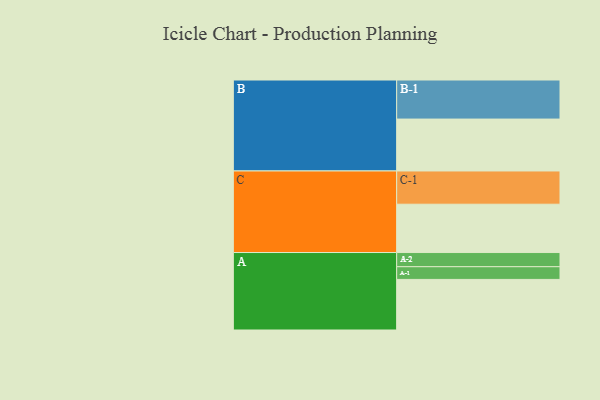
{"axis": {"x": "Segment", "y": "Value"}, "legend": ["", "A", "B", "C"], "data": [{"x": "A", "y": 382, "type": ""}, {"x": "B", "y": 392, "type": ""}, {"x": "C", "y": 365, "type": ""}, {"x": "A-1", "y": 96, "type": "A"}, {"x": "A-2", "y": 107, "type": "A"}, {"x": "B-1", "y": 295, "type": "B"}, {"x": "C-1", "y": 251, "type": "C"}]}